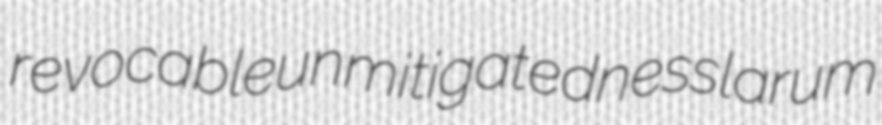
revocable unmitigatedness larum